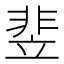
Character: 𬰚